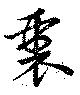
衷